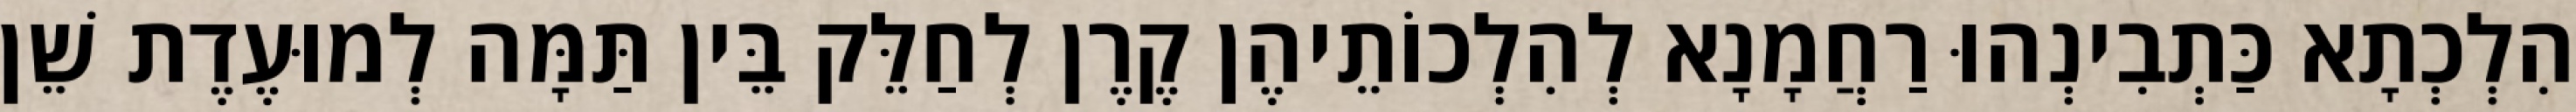
הִלְכְתָא כַּתְבִינְהוּ רַחֲמָנָא לְהִלְכוֹתֵיהֶן קֶרֶן לְחַלֵּק בֵּין תַּמָּה לְמוּעֶדֶת שֵׁן